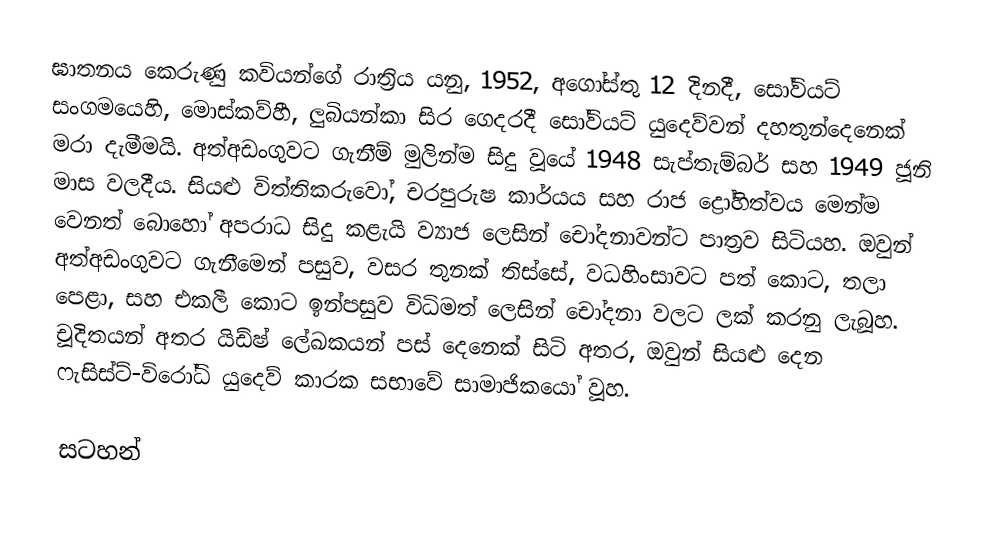
ඝාතනය කෙරුණු කවියන්ගේ රාත්‍රිය යනු, 1952, අගෝස්තු 12 දිනදී,  සෝවියට් සංගමයෙහි,  මොස්කව්හී, ලුබියන්කා සිර ගෙදරදී සෝවියට් යුදෙව්වන් දහතුන්දෙනෙක් මරා දැමීමයි.  අත්අඩංගුවට ගැනීම් මුලින්ම සිදු වූයේ 1948 සැප්තැම්බර් සහ 1949 ජූනි මාස වලදීය. සියළු විත්තිකරුවෝ, චරපුරුෂ කාර්යය සහ රාජ ද්‍රෝහිත්වය මෙන්ම වෙනත් බොහෝ අපරාධ සිදු කළැයි ව්‍යාජ ලෙසින් චෝදනාවන්ට පාත්‍රව සිටියහ. ඔවුන් අත්අඩංගුවට ගැනීමෙන් පසුව,  වසර තුනක් තිස්සේ, වධහිංසාවට පත් කොට, තලා පෙළා, සහ එකලී කොට ඉන්පසුව විධිමත් ලෙසින් චෝදනා වලට ලක් කරනු ලැබූහ. චූදිතයන් අතර යිඩ්ෂ් ලේඛකයන් පස් දෙනෙක් සිටි අතර, ඔවුන් සියළු දෙන ෆැසිස්ට්-විරෝධි යුදෙව් කාරක සභාවේ සාමාජිකයෝ වූහ.

සටහන්